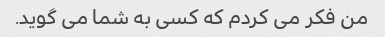
من فکر می کردم که کسی به شما می گوید.